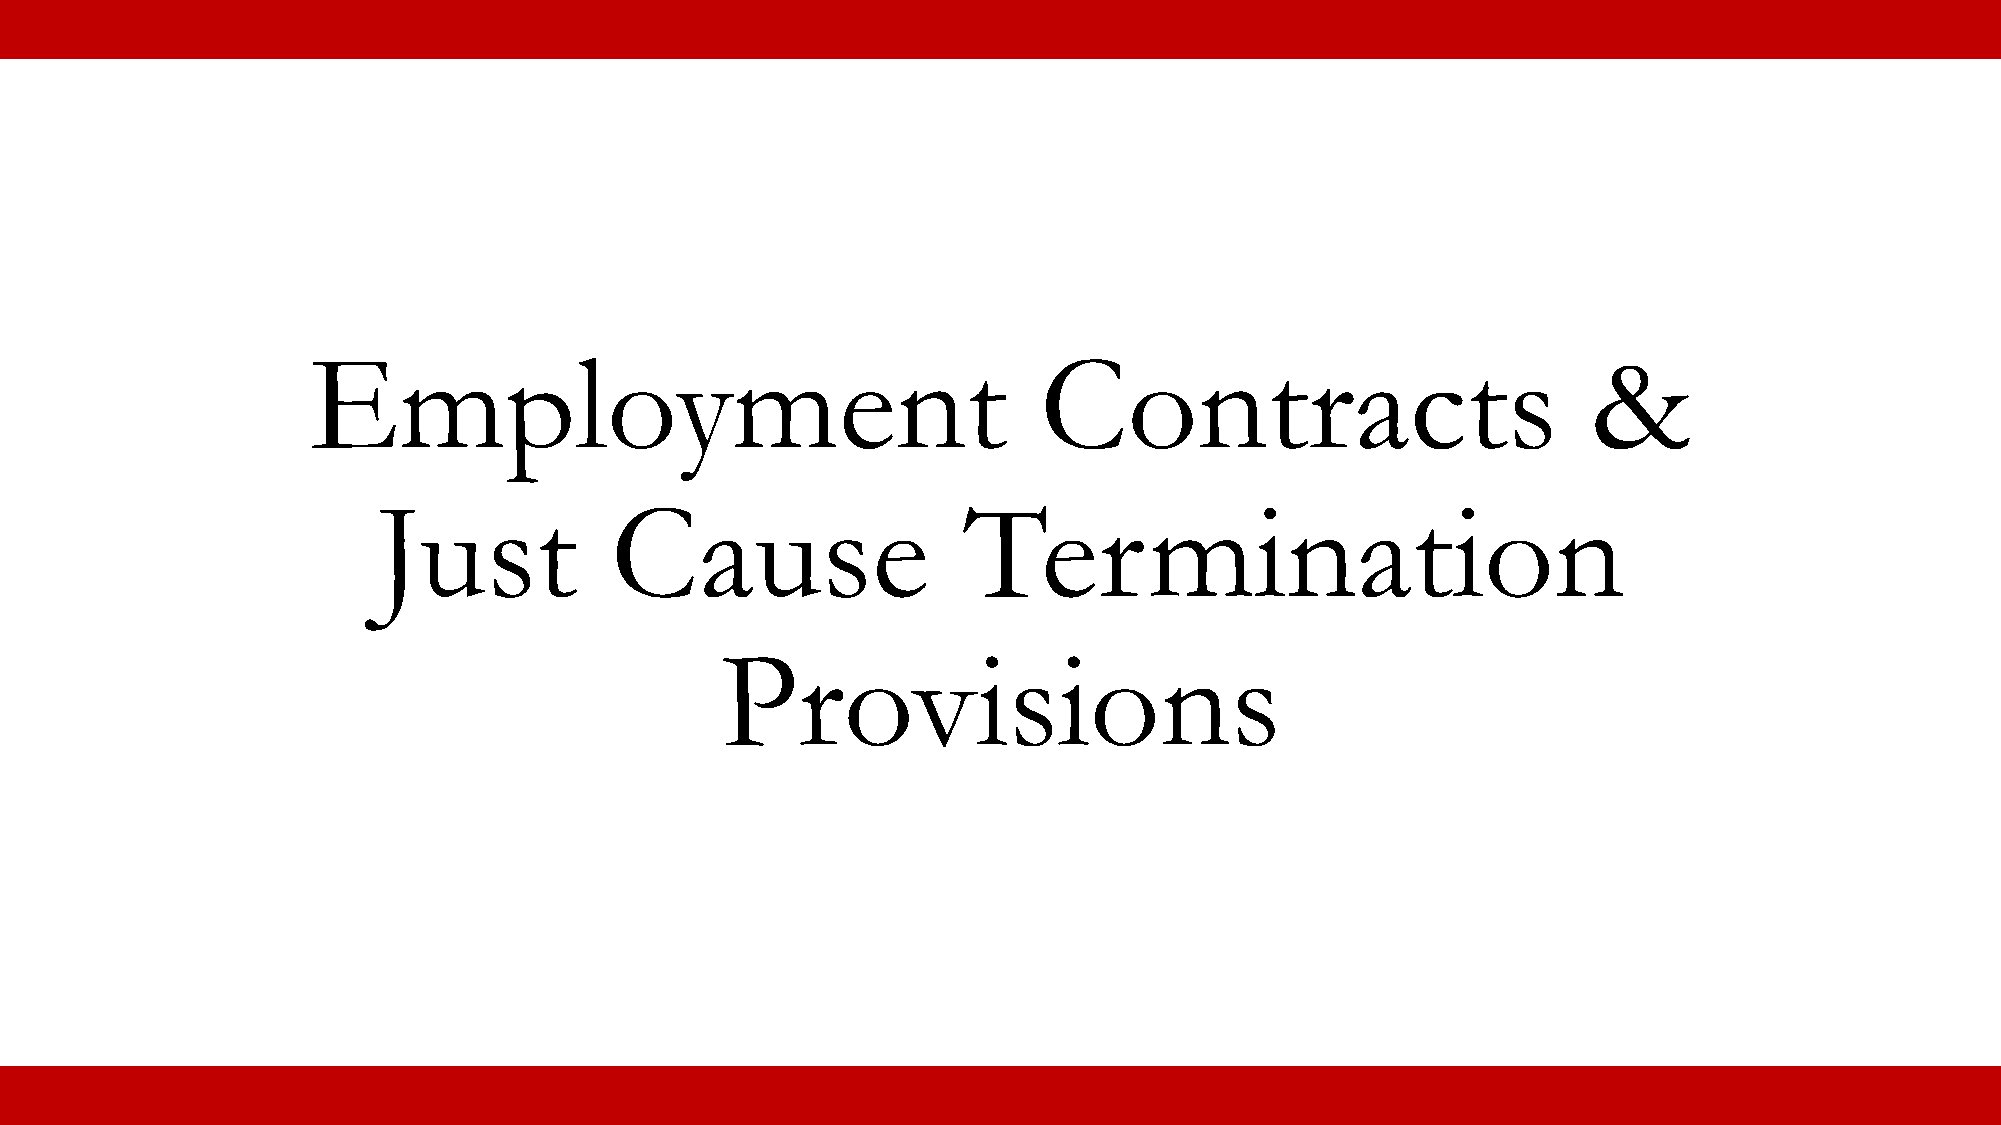
Employment                                       Contracts                           &
 Just           Cause                   Termination
 Provisions